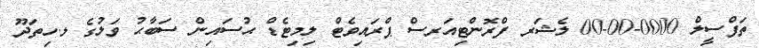
ތަފްސީލް 0000-00-00 ލެޝަރ ފްރޮންޓިއަރސް ޕްރައިވެޓް ލިމިޓެޑް ޙުސައިން ސަބާޙު ވަލުގެ ލ.ހިތަދޫ